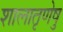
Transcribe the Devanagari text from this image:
शालातृणेषु